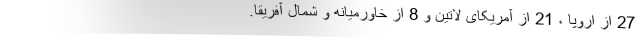
27 از اروپا ، 21 از آمریکای لاتین و 8 از خاورمیانه و شمال آفریقا.